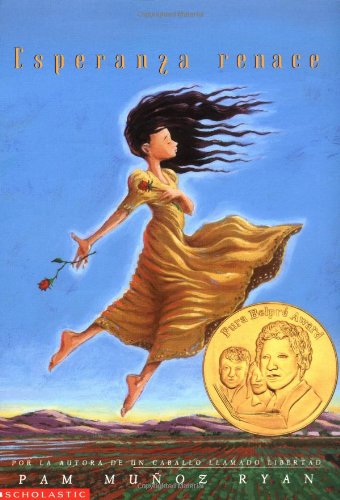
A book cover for Esperanza renace: (Spanish language edition of Esperanza Rising) (Spanish Edition); Pam Munoz Ryan; Children's Books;